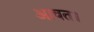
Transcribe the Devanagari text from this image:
आवत।